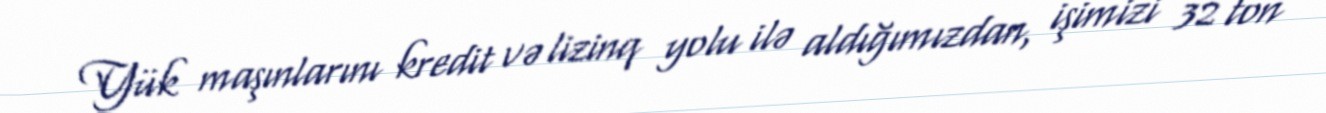
Yük maşınlarını kredit və lizinq yolu ilə aldığımızdan, işimizi 32 ton